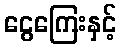
ငွေကြေးနှင့်